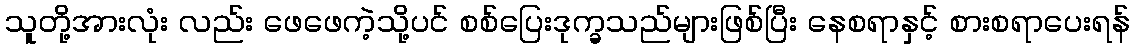
သူတို့အားလုံး လည်း ဖေဖေကဲ့သို့ပင် စစ်ပြေးဒုက္ခသည်များဖြစ်ပြီး နေစရာနှင့် စားစရာပေးရန်